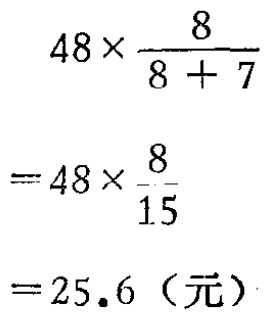
\[

\begin{align*}

&48\times\frac{8}{8 + 7}\\

=&48\times\frac{8}{15}\\

=&25.6（元）

\end{align*}

\]